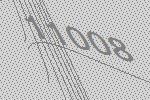
11008